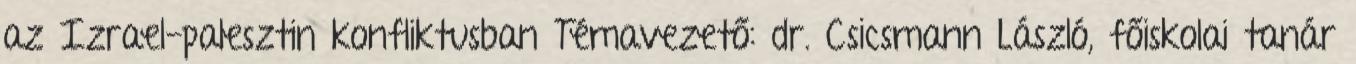
az Izrael-palesztin konfliktusban Témavezető: dr. Csicsmann László, főiskolai tanár